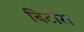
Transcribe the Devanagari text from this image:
बिटोरा